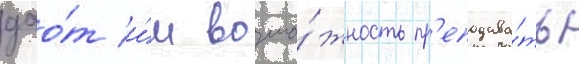
дао́т и́м возмо́жность пр'еподава́ть